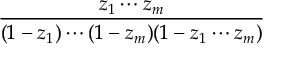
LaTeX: \frac { z _ { 1 } \cdots z _ { m } } { ( 1 - z _ { 1 } ) \cdots ( 1 - z _ { m } ) ( 1 - z _ { 1 } \cdots z _ { m } ) }